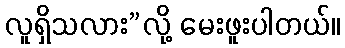
လူရှိသလား”လို့ မေးဖူးပါတယ်။